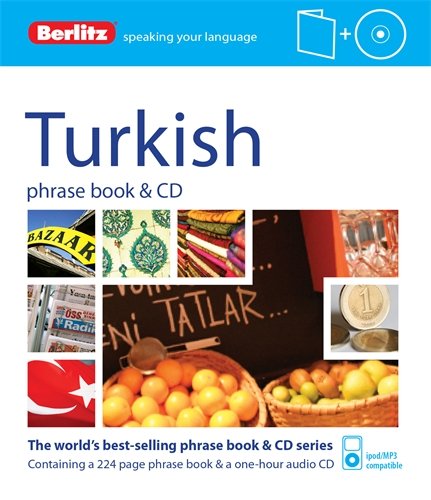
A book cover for Berlitz Turkish Phrase Book & CD; Berlitz Publishing; Travel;